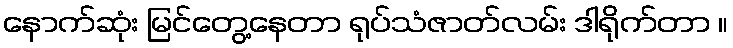
နောက်ဆုံး မြင်တွေ့နေတာ ရုပ်သံဇာတ်လမ်း ဒါရိုက်တာ ။